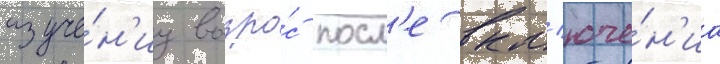
изуче́н'иу возро́с посл'е вкл'юче́н'иа